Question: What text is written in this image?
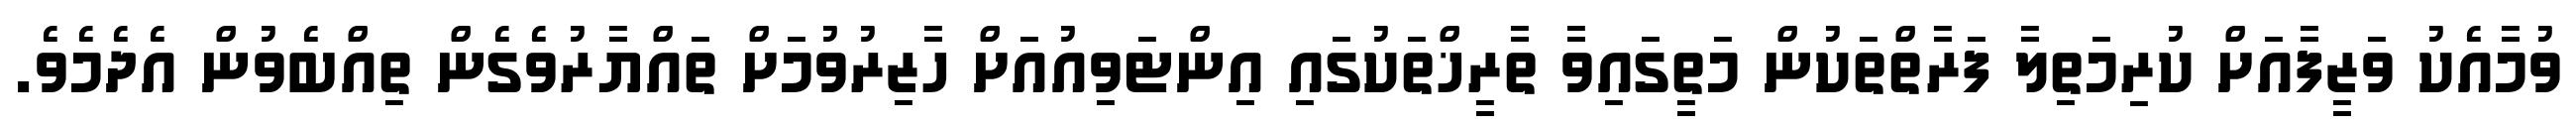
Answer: ވުމާއެކު ވަޒީފާއަށް ކުރިމަތިލާ ފަރާތްތަކުން މަތީގައިވާ ތާރީޚްތަކުގައި އިންޓަވިއުއަށް ހާޒިރުވުމަށް ތައްޔާރުވެގެން ތިއްބެވުން އެދެމެވެ.